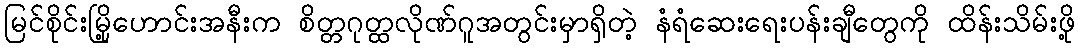
မြင်စိုင်းမြို့ဟောင်းအနီးက စိတ္တဂုတ္ထလိုဏ်ဂူအတွင်းမှာရှိတဲ့ နံရံဆေးရေးပန်းချီတွေကို ထိန်းသိမ်းဖို့